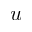
{ \boldsymbol u }